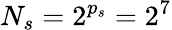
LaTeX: N_{s}=2^{p_{s}}=2^{7}